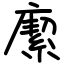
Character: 緳